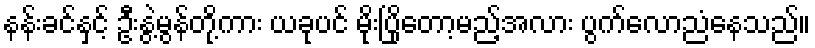
နန်းခင်နှင့် ဦးနွဲ့မွန်တို့ကား ယခုပင် မိုးပြိုတော့မည့်အလား ပွက်လောညံနေသည်။